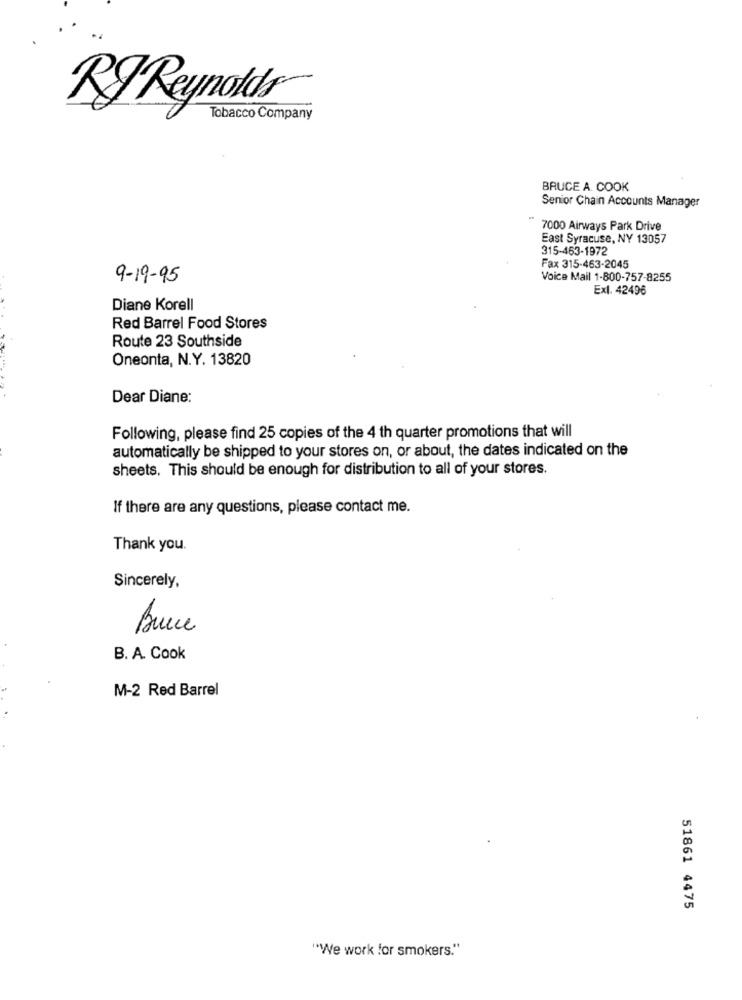
RJ Reynolds
Tobacco Company
BRUCE A. COOK
Senior Chain Accounts Manager
7000 Airways Park Drive
East Syracuse, NY 13057
315-463-1972
Fax 315-463-2045
9-19-95
Voice Mail 1-800-757-8255
Ex1. 42496
Diane Korell
Red Barrel Food Stores
Route 23 Southside
Oneonta, N.Y. 13820
Dear Diane:
Following, please find 25 copies of the 4 th quarter promotions that will
automatically be shipped to your stores on, or about, the dates indicated on the
sheets. This should be enough for distribution to all of your stores.
If there are any questions, please contact me.
Thank you.
Sincerely,
B. A. Cook
M-2 Red Barrel
51861 4475
"We work for smokers."